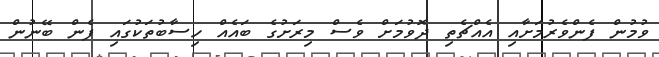
ވުމުން ފެންވެރުމަށާއި އެއްޗެތި ދޮވުމަށް ވެސް މިރަށުގެ ބައެއް ހިސާބުތަކުގައި ފެން ބޭނުން